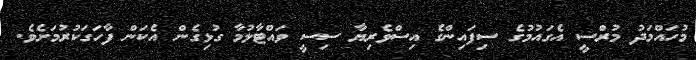
މުހައްމަދު މުރްސީ އެގައުމުގެ ސިފައިންގެ އިސްވެރިޔާ ސިސީ ވައްޓާލުމާ ގުޅިގެން އެކަން ފާހަގަކުރުމަށެވެ.